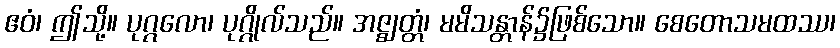
ဧဝံ၊ ဤသို့။ ပုဂ္ဂလော၊ ပုဂ္ဂိုလ်သည်။ အဇ္ဈတ္တံ၊ မမိသန္တာန်၌ဖြစ်သော။ စေတောသမထဿ၊